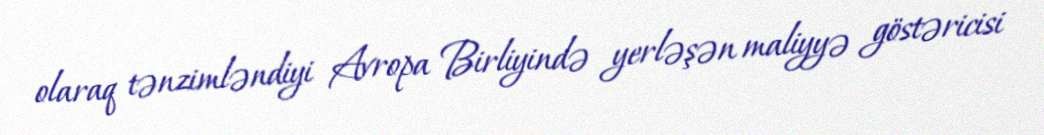
olaraq tənzimləndiyi Avropa Birliyində yerləşən maliyyə göstəricisi